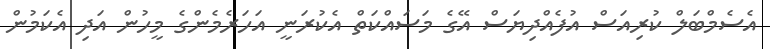
އެސެމްބަލް ކުރިއަސް އުފެއްދިޔަސް އޭގެ މަސައްކަތް އެކުރަނީ އަހަރެމެންގެ މީހުން އަދި އެކަމުން